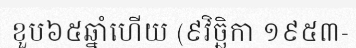
ខួប៦៥ឆ្នាំហើយ (៩វិច្ឆិកា ១៩៥៣-